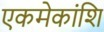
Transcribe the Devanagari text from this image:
एकमेकांशि